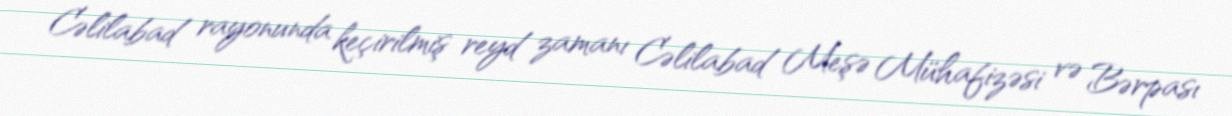
Cəlilabad rayonunda keçirilmiş reyd zamanı Cəlilabad Meşə Mühafizəsi və Bərpası